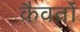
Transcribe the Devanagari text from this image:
कैवर्तों